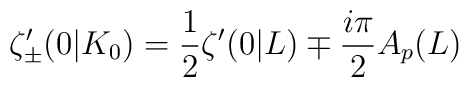
\zeta'_{\pm}(0|K_0)= \frac{1}{2}\zeta'(0|L) \mp \frac{i \pi}{2} A_p(L)